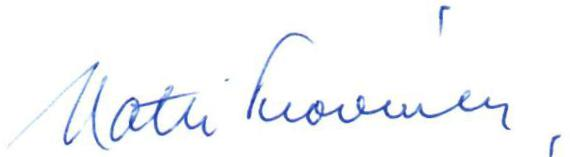
Matti Tuovinen,